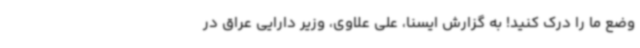
وضع ما را درک کنید! به گزارش ایسنا، علی علاوی، وزیر دارایی عراق در